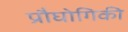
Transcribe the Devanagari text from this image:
प्रौघोगिकी